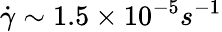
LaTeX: \dot{\gamma}\sim 1.5\times 10^{-5}s^{-1}